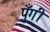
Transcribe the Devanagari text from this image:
पुँगी